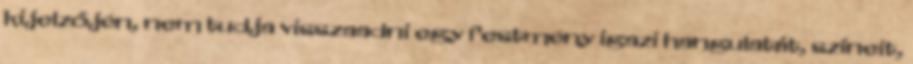
kijelzőjén, nem tudja visszaadni egy festmény igazi hangulatát, színeit,